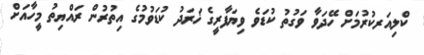
ކްލިއަރކުރުމަށް ހޭދަވާ ވަގުތު ކުޑަވެ ވިޔަފާރީގެ ޚަރަދު ކުޑަވުމުގެ އިތުރުން ރައްޔިތު މީހާއަށް